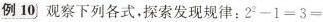
例10观察下列各式，探索发现规律：$$2^{2}-1=3=